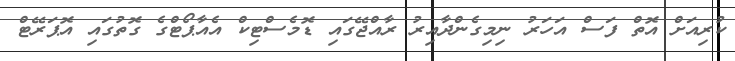
ކުރިއަށް އޮތް ފަސް އަހަރު ނިމިގެންދާއިރު ރާއްޖޭގައި ޑޮމެސްޓިކް އެއާޕޯޓްގެ ގޮތުގައި އޮޕަރޭޓް